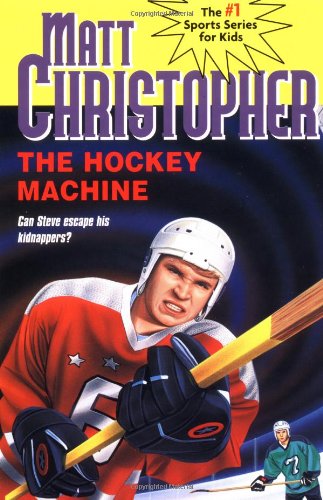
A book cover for The Hockey Machine (Matt Christopher Sports Classics); Matt Christopher; Children's Books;